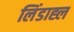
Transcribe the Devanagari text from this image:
लिंडाह्ल